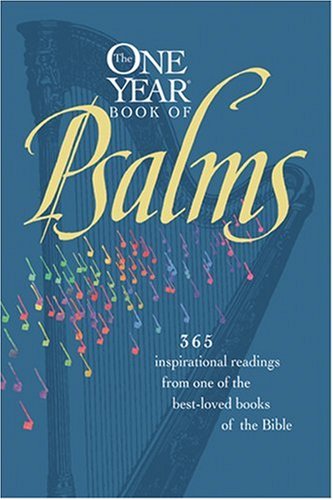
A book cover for The One Year Book of Psalms: 365 Inspirational Readings From One of the Best-Loved Books of the Bible; William J. Petersen; Literature & Fiction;